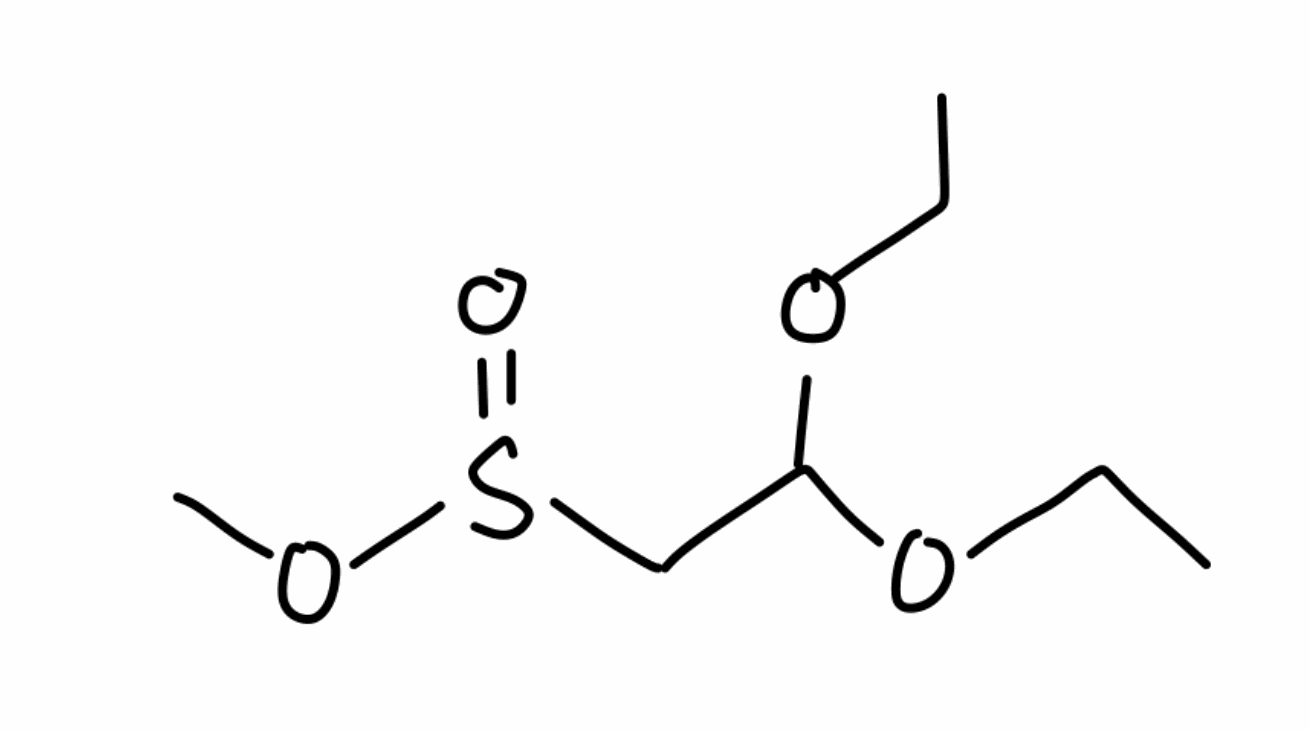
Simplified molecular-input line-entry system (SMILES) notation of the given molecule:
CCOC(CS(=O)OC)OCC